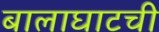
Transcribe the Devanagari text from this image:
बालाघाटची